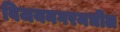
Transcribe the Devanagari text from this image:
विजयनगरमधील